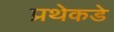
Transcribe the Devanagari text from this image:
प्रथेकडे